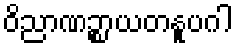
ဝိညာဏဉ္စာယတနူပဂါ